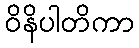
ဝိနိပါတိကာ